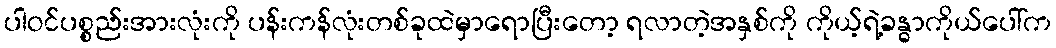
ပါဝင်ပစ္စည်းအားလုံးကို ပန်းကန်လုံးတစ်ခုထဲမှာရောပြီးတော့ ရလာတဲ့အနှစ်ကို ကိုယ့်ရဲ့ခန္ဓာကိုယ်ပေါ်က